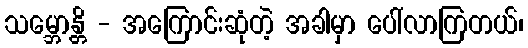
သမ္ဘောန္တိ - အကြောင်းဆုံတဲ့ အခါမှာ ပေါ်လာကြတယ်၊